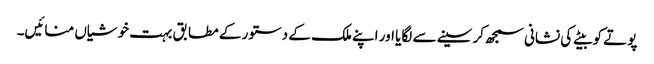
پوتے کو بیٹے کی نشانی سمجھ کر سینے سے لگایا اور اپنے ملک کے دستور کے مطابق بہت خوشیاں منائیں۔